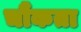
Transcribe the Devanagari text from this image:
चौंकता